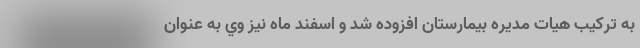
به تركيب هيات مديره بيمارستان افزوده شد و اسفند ماه نيز وي به عنوان